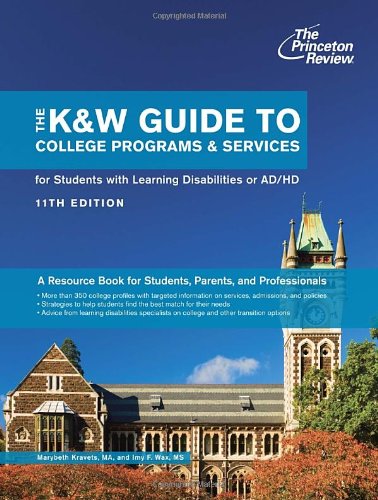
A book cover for The K&W Guide to College Programs & Services for Students with Learning Disabilities or Attention Deficit/Hyperactivity Disorder, 11th Edition (College Admissions Guides); Princeton Review; Education & Teaching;